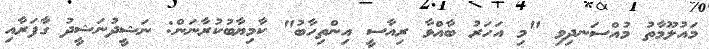
މައުލޫމާތު މުއްސަނދިވި "މި އަހަރު ބާއްވާ ރިއާސީ އިންތިހާބު" ކާމިޔާބުކުރާނަން: ނަޝީދުނަޝީދު ގާފަރާއި